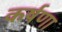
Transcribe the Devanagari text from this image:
कर्षणा